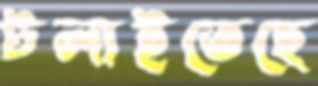
টলাইতেছে